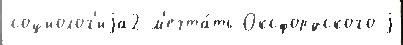
социолог'иjа2 м'ечта́ть Оксфордского j